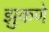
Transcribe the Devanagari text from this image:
झुकणे